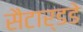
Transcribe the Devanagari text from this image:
सैटार्डडे